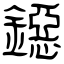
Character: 鐚